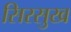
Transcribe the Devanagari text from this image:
सिरसुख